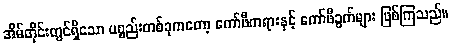
အိမ်တိုင်းတွင်ရှိသော ပစ္စည်းတစ်ခုကတော့ ကော်ဖီကရားနှင့် ကော်ဖီခွက်များ ဖြစ်ကြသည်။